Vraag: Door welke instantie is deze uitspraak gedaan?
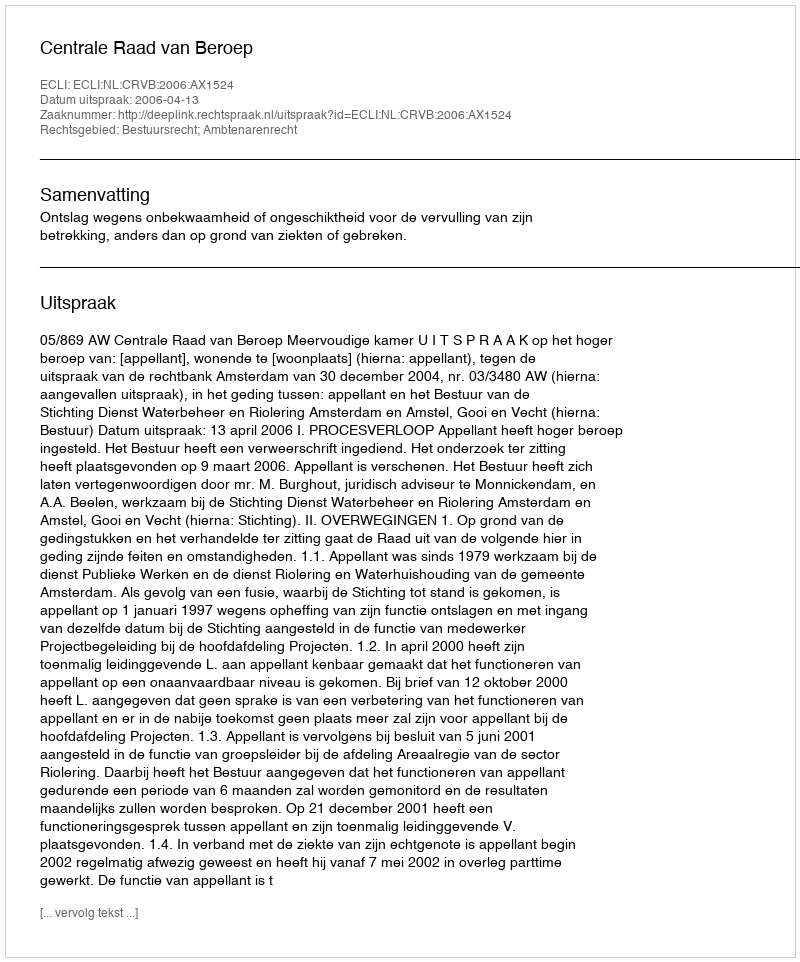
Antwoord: Centrale Raad van Beroep